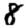
Digit: 8